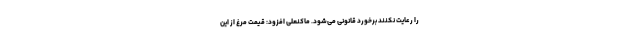
را رعایت نکنند برخورد قانونی می‌شود. ماکنعلی افزود: قیمت مرغ از این